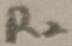
Text: R2